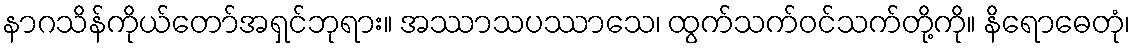
နာဂသိန်ကိုယ်တော်အရှင်ဘုရား။ အဿာသပဿာသေ၊ ထွက်သက်ဝင်သက်တို့ကို။ နိရောဓေတုံ၊